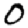
Digit: 0